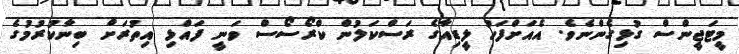
މީޓަޖީންސް ގުޅިގެންނެވެ. އެއަށްފަހު ލީޑިއާގެ ރަސްކަލުން ކްރޯސޯސް ވަނީ ފައްޅި އިތުރަށް ބިނާކުރުމުގެ